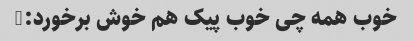
خوب همه چی خوب پیک هم خوش برخورد:)